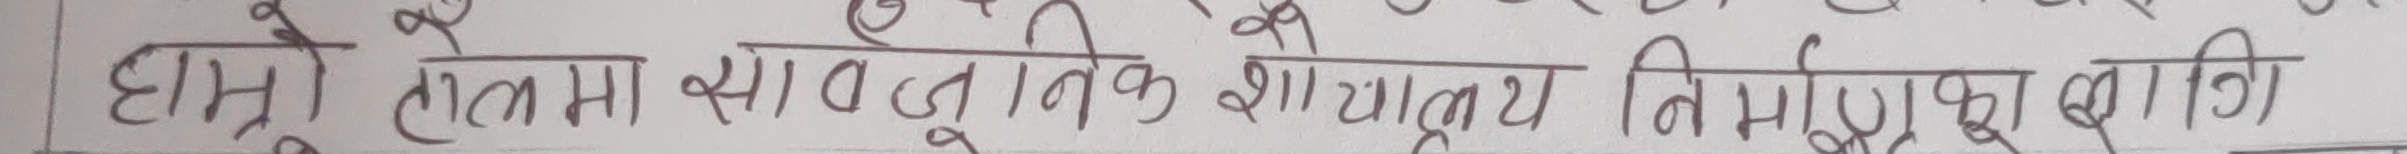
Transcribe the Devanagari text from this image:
हाम्रो टोलमा सार्वजनिक शौचालय निर्माणको लागि